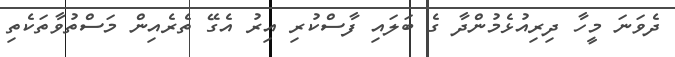
ދެވަނަ މީހާ ދިރިއުޅެމުންދާ ގެ ބަލައި ފާސްކުރި އިރު އެގޭ ތެރެއިން މަސްތުވާތަކެތި